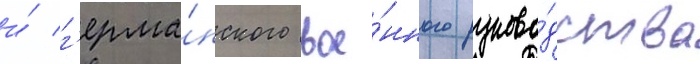
и́ г'ерма́нского вое́нного руково́дства